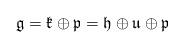
LaTeX: \begin{align*}\mathfrak g=\mathfrak k\oplus\mathfrak p=\mathfrak h\oplus\mathfrak u\oplus\mathfrak p \end{align*}